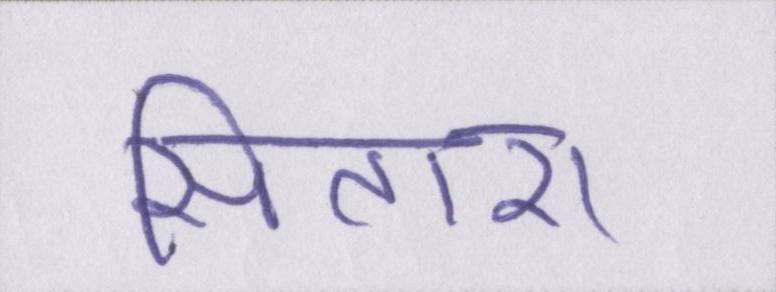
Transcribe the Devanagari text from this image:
सितारा